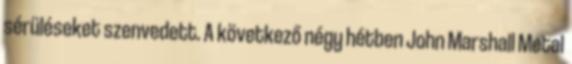
sérüléseket szenvedett. A következő négy hétben John Marshall Metal